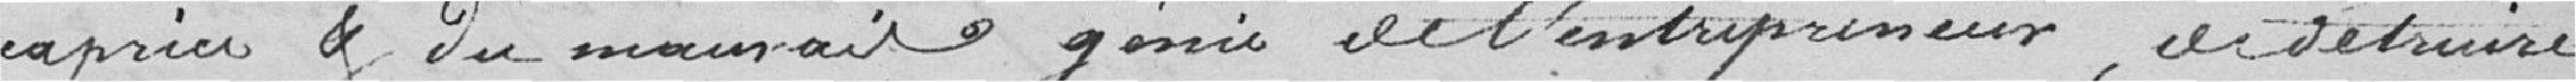
caprice et du mauvais génie de l'entrepreneur, de détruire